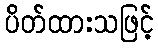
ပိတ်ထားသဖြင့်